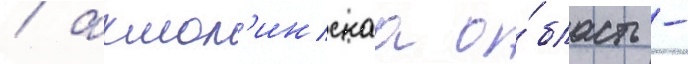
/ акмол'инскаа о́бласть -